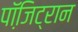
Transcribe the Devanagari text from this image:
पॉजि़ट्रान